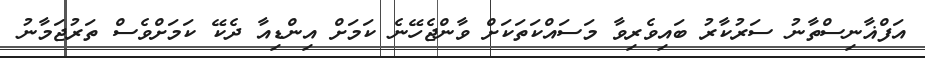
އަފްޣާނިސްތާނު ސަރުކާރު ބައިވެރިވާ މަސައްކަތަކަށް ވާންޖެހޭނެ ކަމަށް އިންޑިއާ ދެކޭ ކަމަށްވެސް ތަރުޖަމާނު